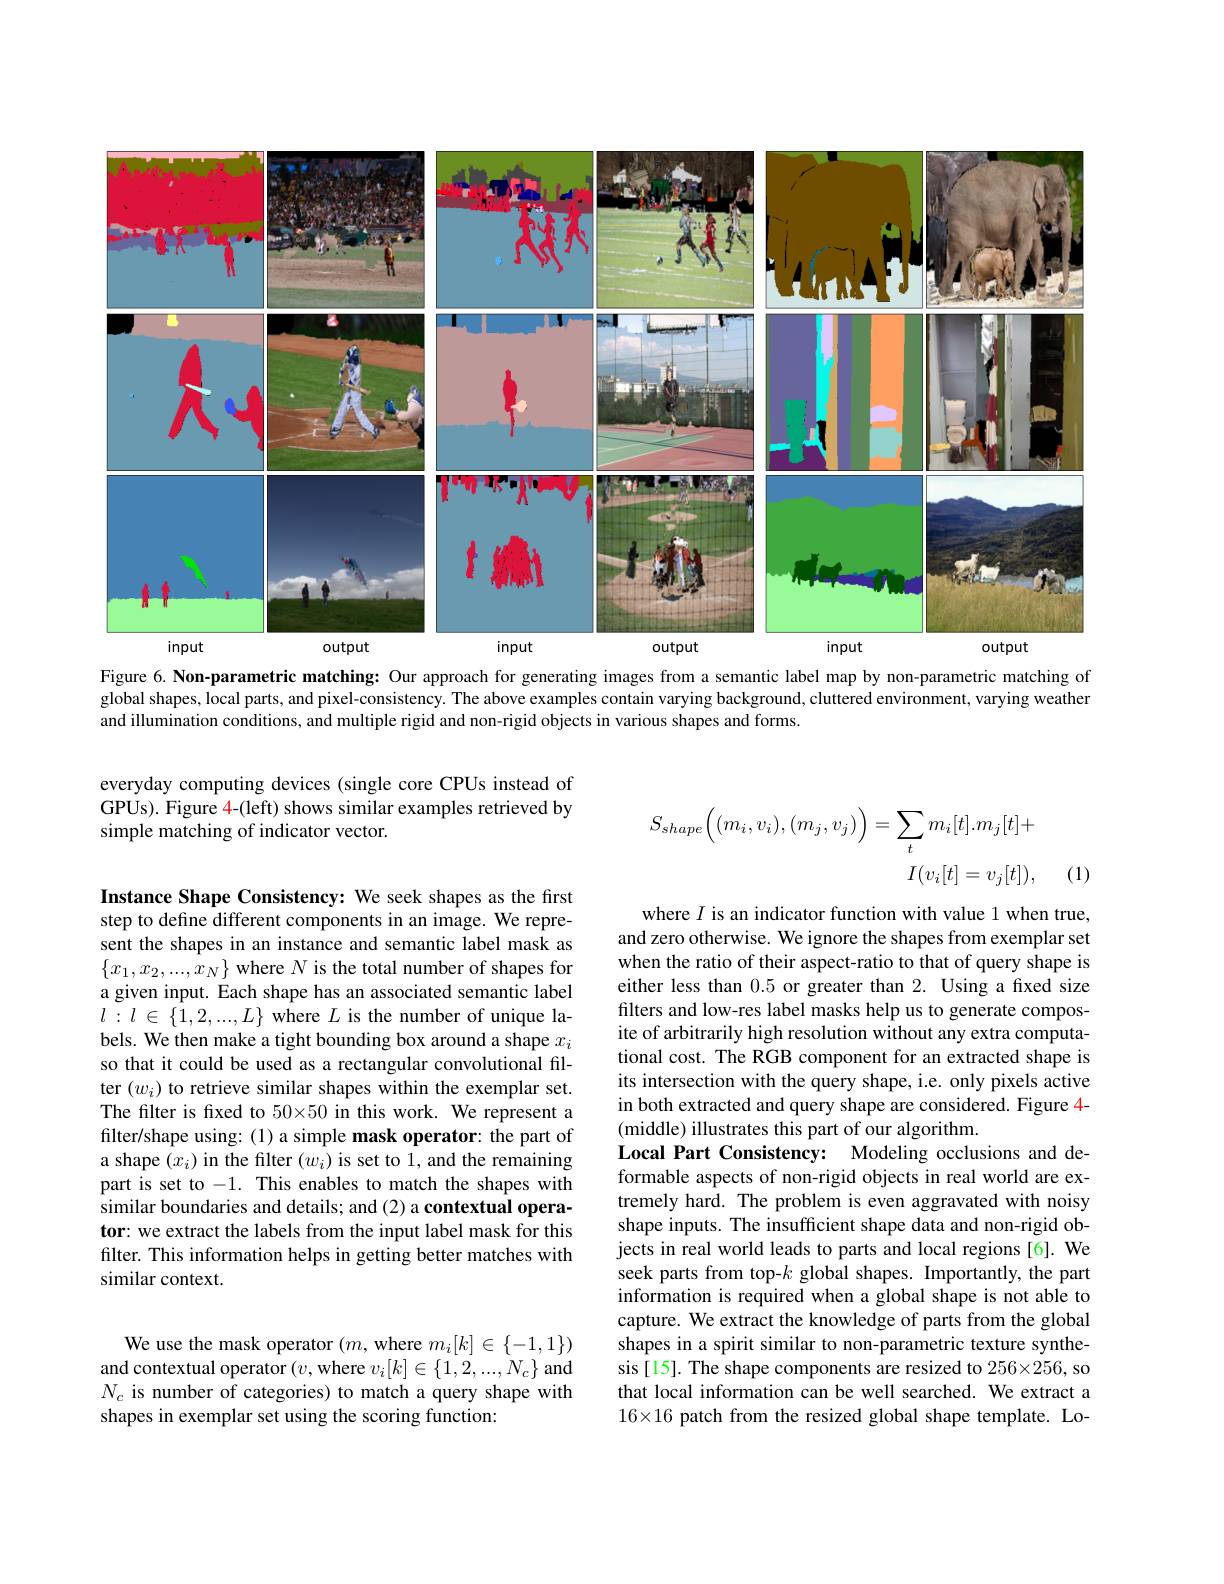
<FigureHere>
Figure 6. Non-parametric matching: Our approach for generating images from a semantic label map by non-parametric matching of

global shapes, local parts, and pixel-consistency. The above examples contain varying background, cluttered environment, varying weather
and illumination conditions, and multiple rigid and non-rigid objects in various shapes and forms.

everyday computing devices (single core CPUs instead of GPUs). Figure 4-(left) shows similar examples retrieved by simple matching of indicator vector.
$$\begin{aligned}S_{shape}\Big((m_{i},v_{i}),(m_{j},v_{j})\Big)&=\sum_{t}m_{i}[t].m_{j}[t]+\\&I(v_{i}[t]=v_{j}[t]),\end{aligned}$$
(1)

Instance Shape Consistency: We seek shapes as the first step to define different components in an image. We represent the shapes in an instance and semantic label mask as $\{x_1,x_2,...,\hat{x}_N\}$ where $N$ is the total number of shapes for a given input. Each shape has an associated semantic label $l:l\in\{1,2,...,L\}$ where $L$ is the number of unique labels. We then make a tight bounding box around a shape $x_i$ so that it could be used as a rectangular convolutional filter $(w_i)$ to retrieve similar shapes within the exemplar set. The filter is fixed to 50×50 in this work. We represent a filter/shape using: (1) a simple mask operator: the part of a shape $(x_i)$ in the filter $(w_i)$ is set to 1, and the remaining part is set to -1. This enables to match the shapes with similar boundaries and details; and (2) a contextual operator: we extract the labels from the input label mask for this filter. This information helps in getting better matches with similar context.

where $I$ is an indicator function with value 1 when true, and zero otherwise. We ignore the shapes from exemplar set when the ratio of their aspect-ratio to that of query shape is either less than 0.5 or greater than 2. Using a fixed size filters and low-res label masks help us to generate composite of arbitrarily high resolution without any extra computational cost. The RGB component for an extracted shape is its intersection with the query shape, i.e. only pixels active in both extracted and query shape are considered. Figure 4- (middle) illustrates this part of our algorithm.
Local Part Consistency: Modeling occlusions and deformable aspects of non-rigid objects in real world are extremely hard. The problem is even aggravated with noisy shape inputs. The insufficient shape data and non-rigid objects in real world leads to parts and local regions [6]. We seek parts from top-$k$ global shapes. Importantly, the part information is required when a global shape is not able to capture. We extract the knowledge of parts from the global shapes in a spirit similar to non-parametric texture synthesis[15]. The shape components are resized to $256\times256$, so that local information can be well searched. We extract a $16\times16$ patch from the resized global shape template. Lo-

We use the mask operator $(m$,where $m_i[k]\in\{-1,1\})$ and contextual operator $(v$,where $v_i[k]\in\{1,2,...,N_c\}$ and $N_c$ is number of categories) to match a query shape with shapes in exemplar set using the scoring function: